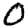
Digit: 0